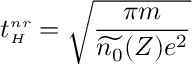
t _ { { \scriptscriptstyle H } } ^ { { \scriptscriptstyle n r } } = \sqrt { \frac { \pi m } { \widetilde { n _ { 0 } } ( Z ) e ^ { 2 } } }